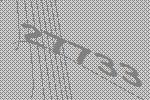
27733